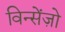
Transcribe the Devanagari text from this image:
विन्सेंज़ो